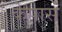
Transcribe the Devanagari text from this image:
केपास